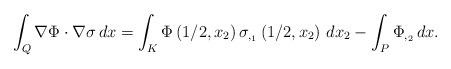
LaTeX: \begin{align*}\int_{Q} \nabla \Phi \cdot \nabla \sigma \,dx & =\int_{K} \Phi\left(1/2,x_2\right) \sigma_{,_{1}}\left(1/2,x_2\right)\,dx_2 - \int_{P} \Phi_{,_{2}} \,dx.\end{align*}